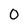
Character: 0